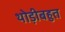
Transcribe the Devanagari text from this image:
थोड़ीबहुत